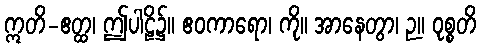
ဣတိ-ဧတ္ထ၊ ဤပါဠိ၌။ ဧဝကာရော၊ ကို။ အာနေတွာ၊ ဉ။ ဝုစ္စတိ